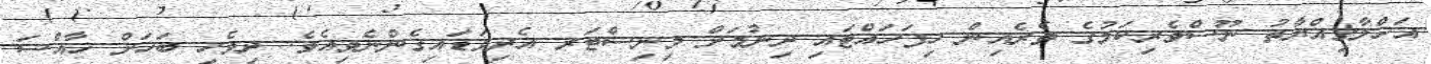
އަޚްލާގިއްޔާތު ނޫސްވެރިކަމުގެ ތެރެއިން ހިފަހައްޓައި ދިނުމަށް މިނިސްޓަރ އެދިވަޑައިގެންނެވިއެވެ. ދިވެހި ބަހަށް ޚާއްސަ